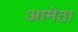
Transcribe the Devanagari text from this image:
आमेठा